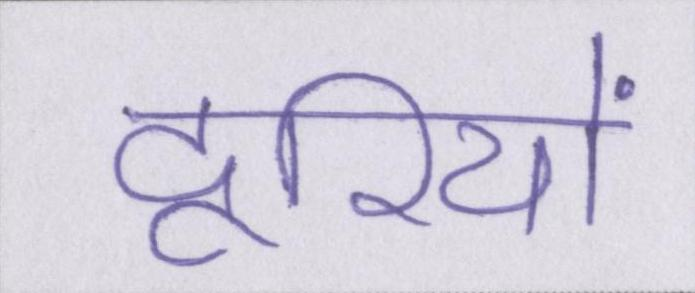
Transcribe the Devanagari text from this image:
दूरियों